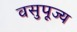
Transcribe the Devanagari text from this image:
वसुपूज्य